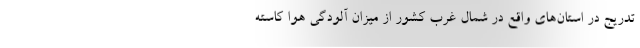
‌تدریج در استان‌های واقع در شمال غرب کشور از میزان آلودگی هوا کاسته